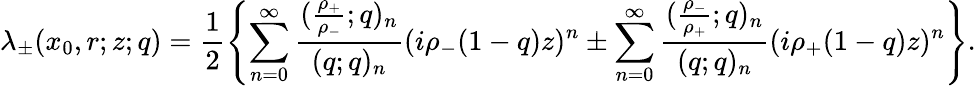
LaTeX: \lambda_{\pm}(x_{0},r;z;q)=\frac{1}{2}\left\{ \sum_{n=0}^{\infty}\frac{(\frac{\rho_{+}}{\rho_{-}};q)_{n}}{(q;q)_{n}}(i\rho_{-}(1-q)z)^{n}\pm\sum_{n=0}^{\infty}\frac{(\frac{\rho_{-}}{\rho_{+}};q)_{n}}{(q;q)_{n}}(i\rho_{+}(1-q)z)^{n}\right\} .